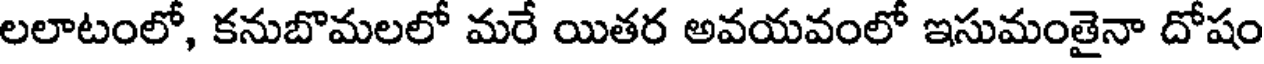
లలాటంలో, కనుబొమలలో మరే యితర అవయవంలో ఇసుమంతైనా దోషం